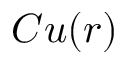
C u ( r )